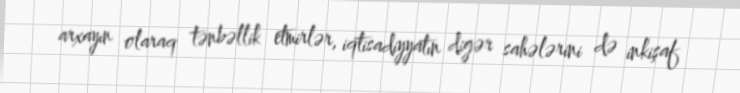
arxayın olaraq tənbəllik etmirlər, iqtisadiyyatın digər sahələrini də inkişaf